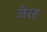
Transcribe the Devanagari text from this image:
जेरह